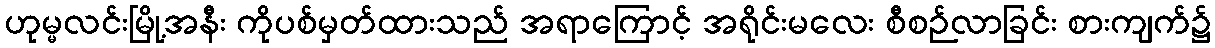
ဟုမ္မလင်းမြို့အနီး ကိုပစ်မှတ်ထားသည် အရာကြောင့် အရိုင်းမလေး စီစဉ်လာခြင်း စားကျက်၌